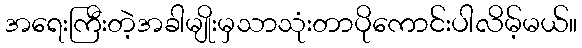
အရေးကြီးတဲ့အခါမျိုးမှသာသုံးတာပိုကောင်းပါလိမ့်မယ်။